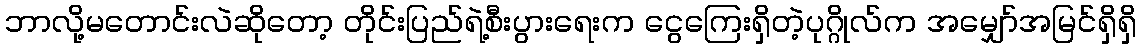
ဘာလို့မတောင်းလဲဆိုတော့ တိုင်းပြည်ရဲ့စီးပွားရေးက ငွေကြေးရှိတဲ့ပုဂ္ဂိုလ်က အမျှော်အမြင်ရှိရှိ